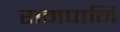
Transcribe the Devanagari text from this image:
रामपानि